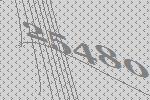
25480